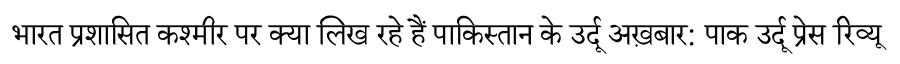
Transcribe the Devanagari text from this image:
भारत प्रशासित कश्मीर पर क्या लिख रहे हैं पाकिस्तान के उर्दू अख़बार: पाक उर्दू प्रेस रिव्यू